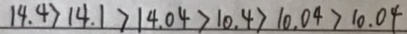
1 4 . 4 > 1 4 . 1 > 1 4 . 0 4 > 1 0 . 4 > 1 0 . 0 4 > 1 0 . 0 4